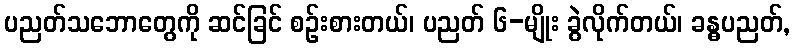
ပညတ်သဘောတွေကို ဆင်ခြင် စဉ်းစားတယ်၊ ပညတ် ၆-မျိုး ခွဲလိုက်တယ်၊ ခန္ဓပညတ်,